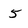
Character: 5